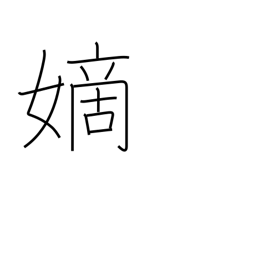
Meaning: legitimate wife